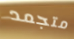
متجمد